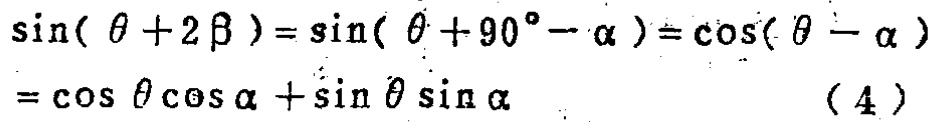
\[\sin(\theta + 2\beta)=\sin(\theta + 90^{\circ}-\alpha)=\cos(\theta - \alpha)=\cos\theta\cos\alpha+\sin\theta\sin\alpha\quad(4)\]